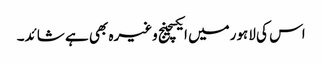
اس کی لاہورمیں ایکسچینج وغیرہ بھی ہے شائد۔